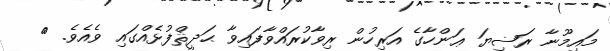
މައިމޫނާ ރަޟިޔަ ޢަންހާގެ އަރިހުން ރިވާކުރައްވާފައިވާ ޙަދީޘްފުޅެއްގައި ވެއެވެ. {